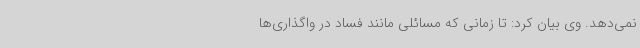
نمی‌دهد. وی بیان کرد: تا زمانی که مسائلی مانند فساد در واگذاری‌ها